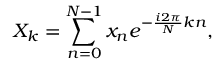
X _ { k } = \sum _ { n = 0 } ^ { N - 1 } x _ { n } e ^ { - \frac { i 2 \pi } { N } k n } ,